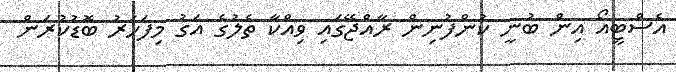
އެސްޓީއޯ އިން ބުނީ ކުންފުނިން ރާއްޖޭގައި ވިއްކާ ތެލުގެ އަގު މިފަހަރު ބޮޑުކުރަން